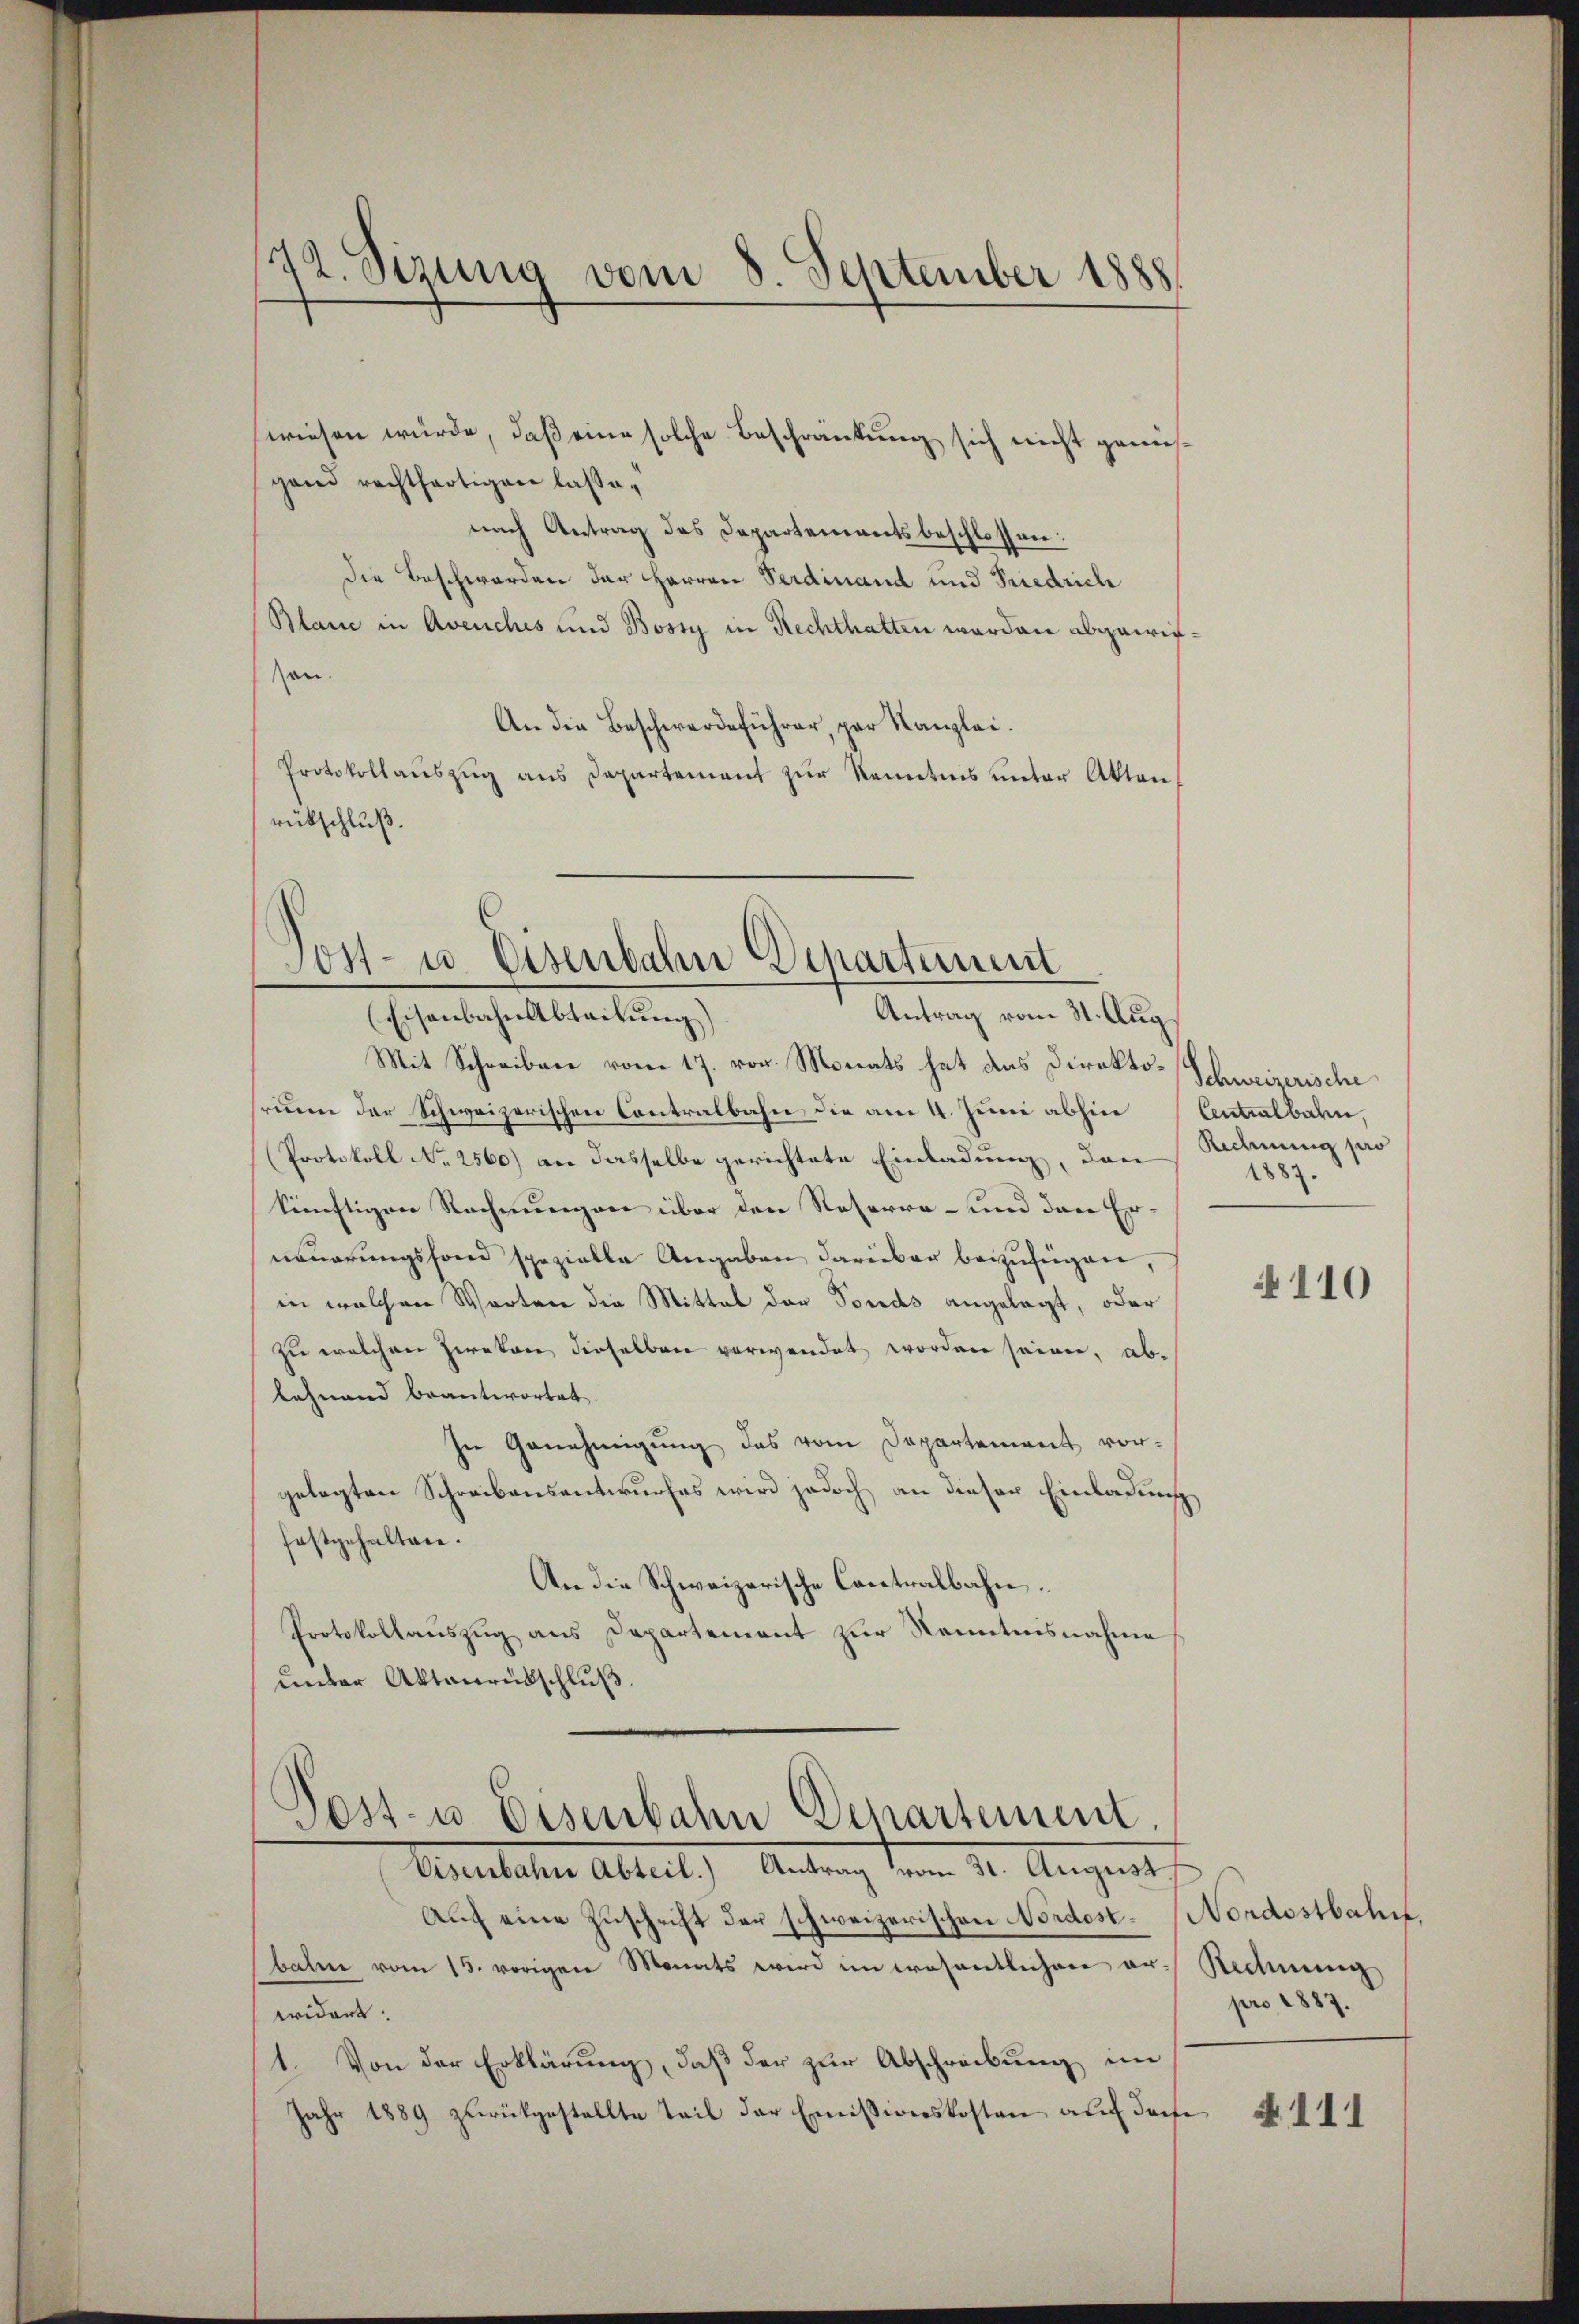
72. Sizung vom 8. September 1888

wiesen würde, daß eine solche Beschränkung sich nicht gewisgand rechtfertigen lassenach Antrag des Departementsbeschlossen:
die Beschwerden der Herren Ferdinand und Friedrich
Blanc in Avenches und Bosty in Rechthatten worden abgewiesan.
An die Beschwerdeführer, par Kanzlei.
Protokollauszug aus Departement zur Kenntnis unter Akten
rückschluß.
Mit Schreiben vom 17. vor. Monats hat das Direkto-Schweizerische
seinen der Schweizerischen Contralbahn die am 4. Juni abhin Antralbahn,
(Protokoll No 2560) an dasselbe gerichtete Einladung, den Rechnung pro
künftigen Rechnungen über den Reserre- und den Er-
neuerungsfond spezielle Angaben darüber beizufügen,
in welchen Worten die Mittel der Fonds angelegt, oder
zu welchen Peratore dieselben verwendet worden seien, ablehnend beantwortet.
In Genehmigung das vom Departement vor-
gelegten Schreibensantwurfes wird jedoch an dieser Einladung
festgehalten.
An die Schweizerische Contralbahn.
Protokollauszug aus Departement zur Kenntnisnahme
unter Aktenrübschluß.

Post- u. Eisenbahn Departement
Antrag vom 31. Aug.
(Eisenbahn Abteilung)

Post- u. Eisenbahn Departement.

Visenbahne Abteil.) Antrag vom 31. August
Auf eine Zuschrift der schweizerischen Nordest. Nordostbahn
balm vom 15. vorigen Monats wird im wesentlichen er-Rechnung
widert.
1. Von der Erklärung, daß der zur Abschreibung im
Jahr 1889 zurückgestellte Teil der Emissionskosten auf dasse

1887.

110

pro 1887.

N 111